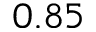
0 . 8 5